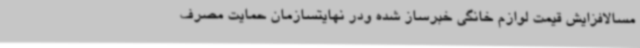
مسالافزایش قیمت لوازم خانگی خبرساز شده ودر نهایتسازمان حمایت مصرف